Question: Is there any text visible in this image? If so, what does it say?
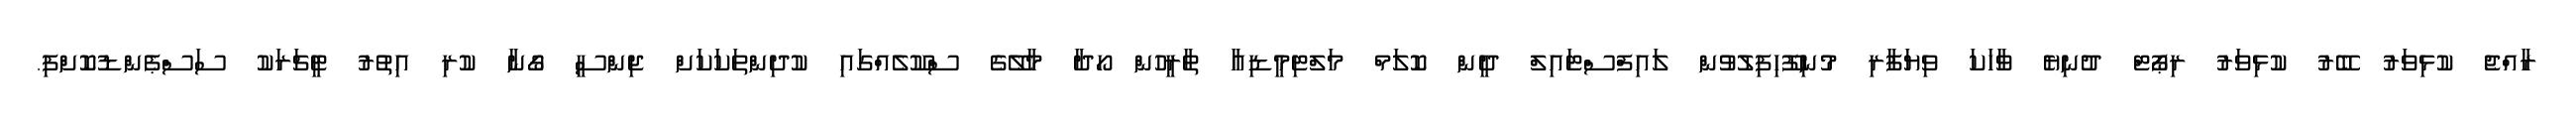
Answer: ރާއްޖެ ކުޅިވަރު ބޭރު ކުޅިވަރު ރިޕޯޓް ދުނިޔެ ވާހަކަ ވިޔަފާރި މުނިފޫހިފިލުވުން ލައިފްސްޓައިލް ދީން ކޮލަމް މަލްޓިމީޑިއާ ތާރީހުން ހޯދާ މާލޭގެ ސްކޫލެއްގައި ކުދިންތަކަކަށް ޖިންސީ ގޯނާ ކުރި އިތުރު ޓީޗަރަކު ސަސްޕެންޑުކޮށްފި.